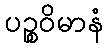
ပဉ္စဝိမာနံ